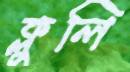
ক্লুলি